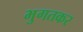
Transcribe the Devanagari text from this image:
भुगतकर